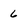
Character: 6